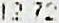
12.72